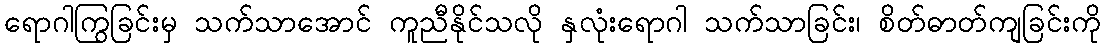
ရောဂါကြွခြင်းမှ သက်သာအောင် ကူညီနိုင်သလို နှလုံးရောဂါ သက်သာခြင်း၊ စိတ်ဓာတ်ကျခြင်းကို